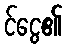
င်ငွေ၏